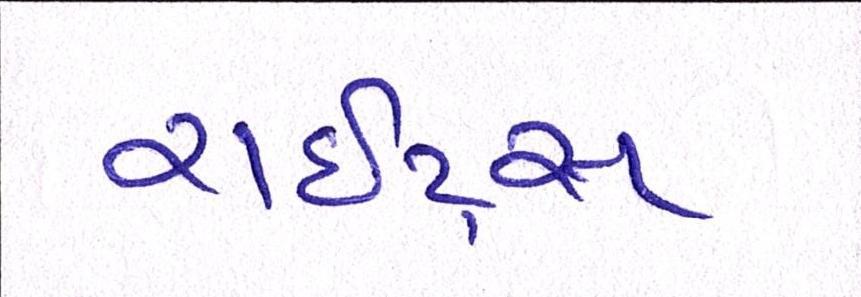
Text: રાઇટ્સ